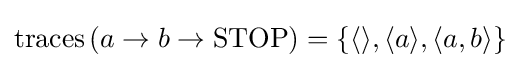
\mathrm {traces} \left(a\rightarrow b\rightarrow \mathrm {STOP} \right)=\left\{\langle \rangle ,\langle a\rangle ,\langle a,b\rangle \right\}